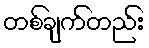
တစ်ချက်တည်း